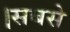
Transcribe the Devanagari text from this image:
।सबसे